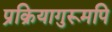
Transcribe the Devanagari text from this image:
प्रक्रियागुरूमपि